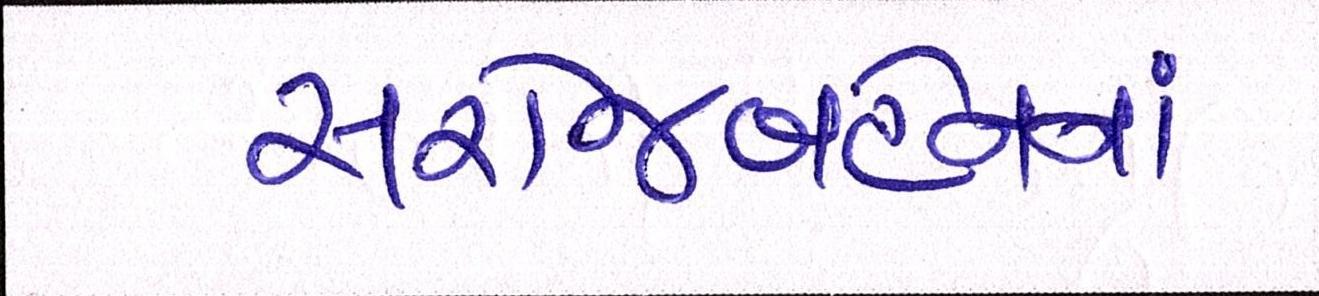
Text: સરોજબહેનનાં